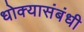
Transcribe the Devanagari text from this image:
धोक्यासंबंधी